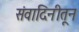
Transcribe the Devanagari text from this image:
संवादिनीतून